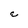
Character: E